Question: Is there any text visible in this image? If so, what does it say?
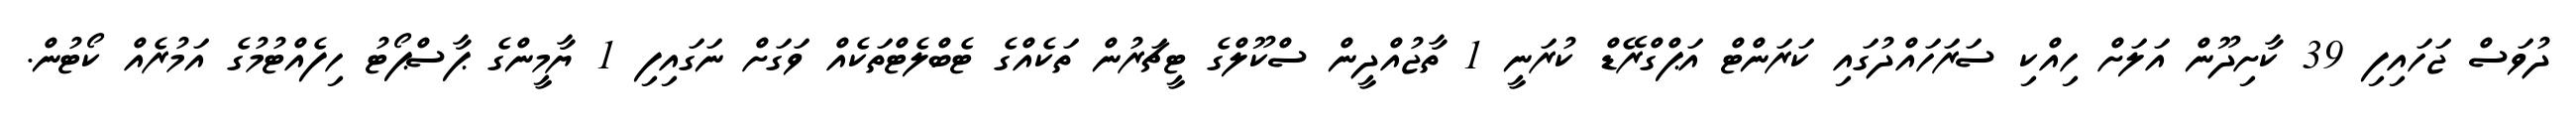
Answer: ދުވަސް ޖަހައިފި 39 ކާށިދޫން އަލަށް ހިއްކި ސަރަހައްދުގައި ކަރަންޓް އަޕްގްރޭޑް ކުރަނީ 1 ތާޖުއްދީން ސްކޫލްގެ ޓީޗަރުން ތަކެއްގެ ޓެބްލެޓްތަކެއް ވަގަށް ނަގައިފި 1 ޔާމީންގެ ޕާސްޕޯޓު ހިފެއްޓުމުގެ އަމުރެއް ކޯޓުން.